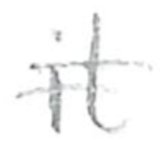
Text: it
Cross-out: double-line
Writing tool: pencil